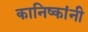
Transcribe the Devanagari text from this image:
कानिष्कांनी